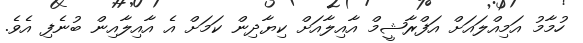
ހުމާމު އަމިއްލައަށް އަފްރާޝީމް އާއިލާއަށް ކިޔާދިން ކަމަށް އެ އާއިލާއިން ބުނެފި އެވެ.